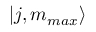
| j , m _ { m a x } \rangle